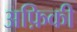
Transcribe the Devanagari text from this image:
अफ़िकी